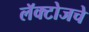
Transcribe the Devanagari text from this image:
लॅक्टोजचे